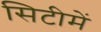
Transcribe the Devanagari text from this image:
सिटीमें